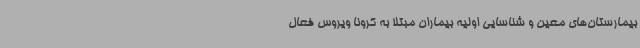
بیمارستان‌های معین و شناسایی اولیه بیماران مبتلا به کرونا ویروس فعال